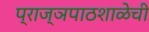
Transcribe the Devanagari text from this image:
प्राज्ञपाठशाळेची